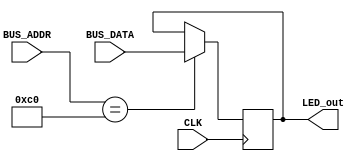
`timescale 1ns / 1ps
//////////////////////////////////////////////////////////////////////////////////
// Company: School of Engineering, University of Edinburgh
// 
// Design Name: DSL_4_Mouse_Interface_assignment_1
// Module Name: LED
// Project Name: Mouse Interface
// Target Devices: Xilinx Basys 3
// Tool Versions: Xilinx Vivado 2015.2
// Description: 
// ------------------------------------
// |   BTNL   |      Status Bytes     |
// |   BTNU   |   X Direction Bytes   |
// |   BTNR   |   Y Direction Bytes   |
// ------------------------------------
// Dependencies: 
// 
// Revision: 2.1
// Revision 0.01 - File Created
// Additional Comments:
// 
//////////////////////////////////////////////////////////////////////////////////


module LED(
    input CLK,
    input [7:0] BUS_ADDR,
    input [7:0] BUS_DATA, 
    output [7:0] LED_out
    );
    reg [7:0] out;
    parameter [7:0] LEDBaseAddr = 8'hC0; //LED Base Address in the Memory Map
    always@(posedge CLK)begin
        if(BUS_ADDR == LEDBaseAddr)  
            out  <= BUS_DATA;    
    end   
    
    assign LED_out = out;
endmodule